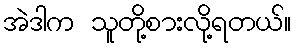
အဲဒါက သူတို့စားလို့ရတယ်။